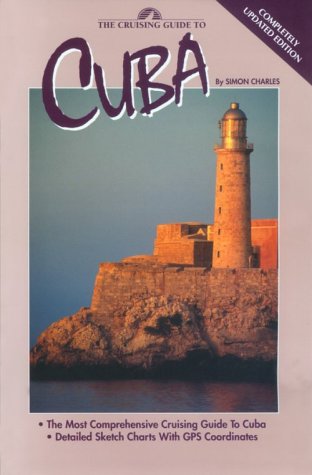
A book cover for Cruising Guide to Cuba; Simon Charles; Travel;